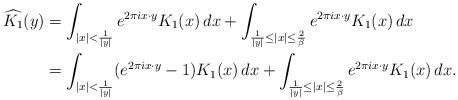
LaTeX: \begin{align*}\widehat{K_1}(y)&=\int_{|x|<\frac{1}{|y|}} e^{2\pi ix\cdot y}K_1(x)\,dx+\int_{\frac{1}{|y|}\leq|x|\leq\frac{2}{\beta}} e^{2\pi ix\cdot y}K_1(x)\,dx\\&=\int_{|x|<\frac{1}{|y|}} (e^{2\pi ix\cdot y}-1)K_1(x)\,dx+\int_{\frac{1}{|y|}\leq|x|\leq\frac{2}{\beta}} e^{2\pi ix\cdot y}K_1(x)\,dx.\end{align*}